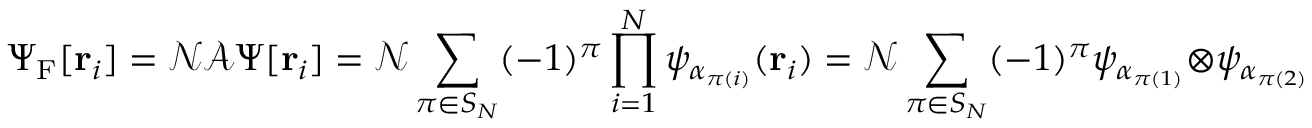
\Psi _ { \mathrm { { F } } } [ \mathbf { r } _ { i } ] = { \mathcal { N } } { \mathcal { A } } \Psi [ \mathbf { r } _ { i } ] = { \mathcal { N } } \sum _ { \pi \in S _ { N } } ( - 1 ) ^ { \pi } \prod _ { i = 1 } ^ { N } \psi _ { \alpha _ { \pi ( i ) } } ( \mathbf { r } _ { i } ) = { \mathcal { N } } \sum _ { \pi \in S _ { N } } ( - 1 ) ^ { \pi } \psi _ { \alpha _ { \pi ( 1 ) } } \otimes \psi _ { \alpha _ { \pi ( 2 ) } } \otimes \cdots \otimes \psi _ { \alpha _ { \pi ( N ) } } .